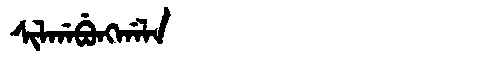
Manchu: ᠰᡳᠯᡤᠠᠪᡠᠩᡤᠠᠯᠠ
Romanization: SILGABUNGGALA